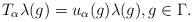
LaTeX: \begin{align*}T_\alpha \lambda(g) = u_\alpha(g)\lambda(g), g\in\Gamma.\end{align*}